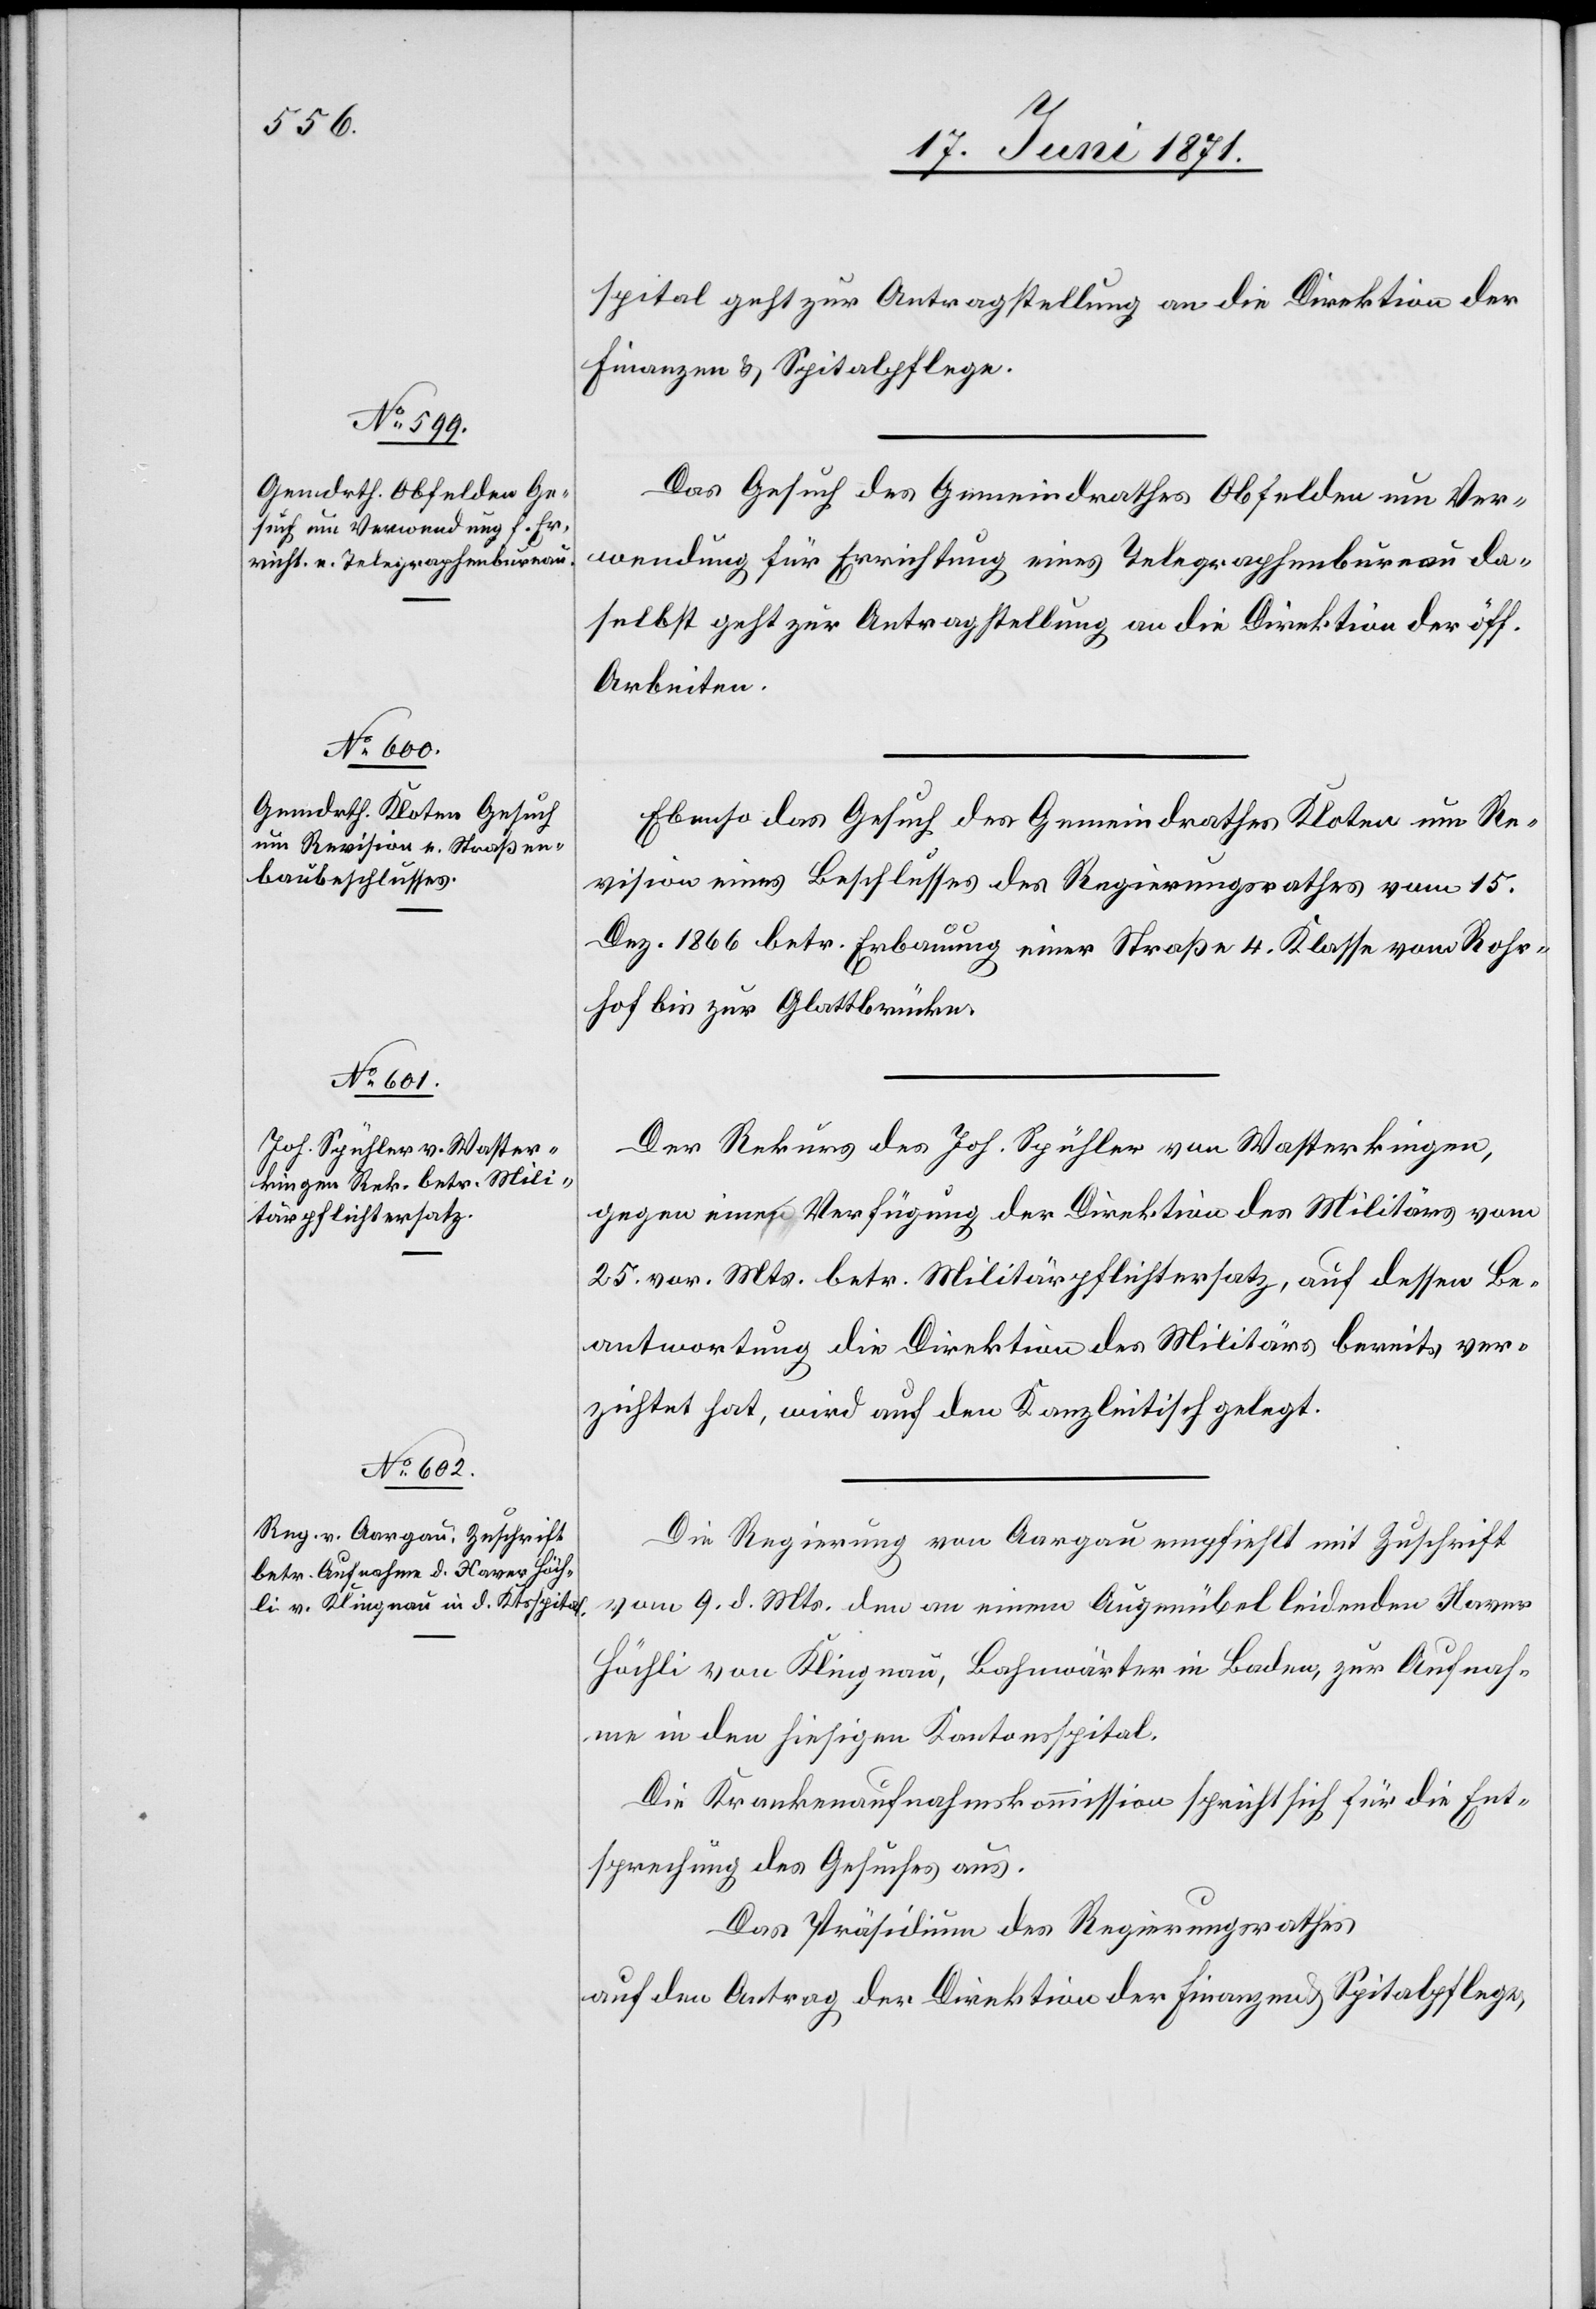
22. Juni 1871.]
spital geht zur Antragstellung an die Direktion der
Finanzen u. Spitalpflege.
Das Gesuch des Gemeindrathes Obfelden um Ver¬
wendung für Errichtung eines Telegraphenbureau da¬
selbst geht zur Antragstellung an die Direktion der öff.
Arbeiten.
Ebenso das Gesuch des Gemeindrathes Kloten um Re¬
vision eines Beschlusses des Regierungsrathes vom 15.
Dez. 1866 betr. Erbauung einer Straße 4. Klasse von Rohr¬
hof bis zur Glattbrücke.
Der Rekurs des Joh. Spühler von Wasterkingen,
gegen eine Verfügung der Direktion des Militärs vom
25. vor. Mts. betr. Militärpflichtersatz, auf dessen Be¬
antwortung die Direktion des Militärs bereits ver¬
zichtet hat, wird auf den Kanzleitisch gelegt.
Die Regierung von Aargau empfiehlt mit Zuschrift
vom 9. d. Mts. den an einem Augenübel leidenden Xaver
Höchli von Klingnau, Bahnwärter in Baden, zur Aufnah¬
me in den hiesigen Kantonsspital.
Die Krankenaufnahmskommission spricht sich für die Ent¬
sprechung des Gesuches aus.
Das Präsidium des Regierungsrathes
auf den Antrag der Direktion der Finanzen u. Spitalpflege